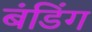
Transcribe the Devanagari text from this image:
बंडिंग